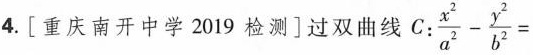
4.[重庆南开中学2019检测]过双曲线C:$$\frac{x^{2}}{a^{2}}- \frac{y^{2}}{b^{2}}=$$